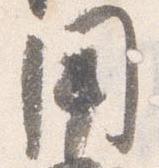
用